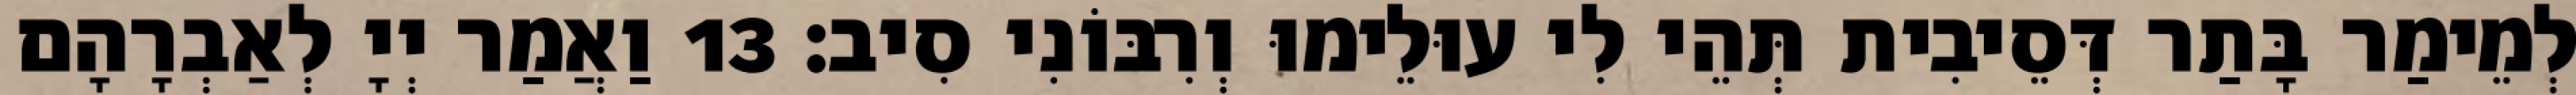
לְמֵימַר בָּתַר דְּסֵיבִית תְּהֵי לִי עוּלֵימוּ וְרִבּוֹנִי סִיב׃ 13 וַאֲמַר יְיָ לְאַבְרָהָם